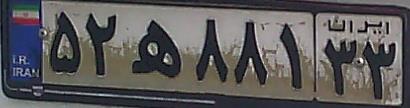
۵۲ه۸۸۱۳۳